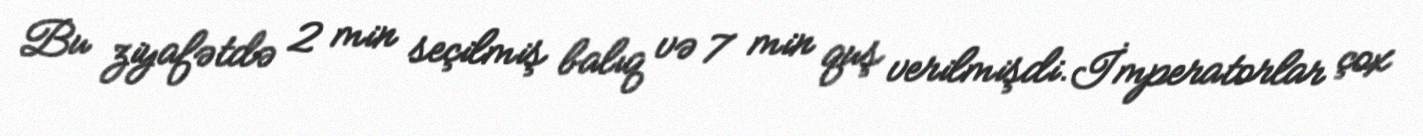
Bu ziyafətdə 2 min seçilmiş balıq və 7 min quş verilmişdi.İmperatorlar çox